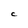
Character: C